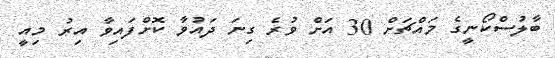
ބާލުސްކޯނީގެ މައްޗަށް 30 އަށް ވުރެ ގިނަ ދައުވާ ކޮށްފައިވާ އިރު މިއީ